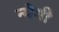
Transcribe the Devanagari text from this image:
न्येगी